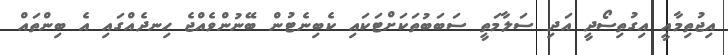
އިޖުތިމާއީ އިގުތިސޯދީ އަދި ސަލާމަތީ ސަބަބުތަކަށްޓަކައި ކެބިނެޓުން ބޭނުންވެއްޖެ ހިނދެއްގައި އެ ބިންތައް